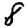
Digit: 8